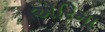
એરિમા